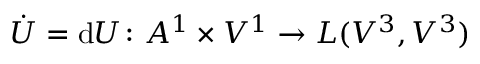
\Dot { U } = \mathrm { d } U \colon A ^ { 1 } \times V ^ { 1 } \to L ( V ^ { 3 } , V ^ { 3 } )